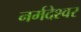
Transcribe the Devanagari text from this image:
नर्मदेश्‍वर